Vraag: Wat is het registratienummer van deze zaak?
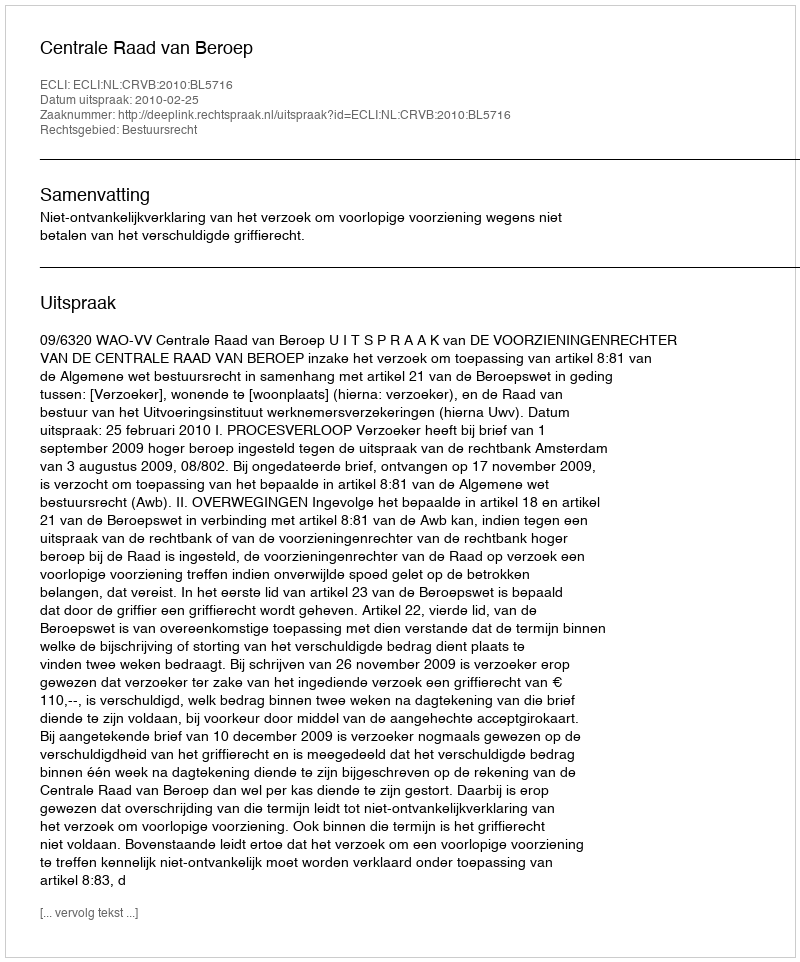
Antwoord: http://deeplink.rechtspraak.nl/uitspraak?id=ECLI:NL:CRVB:2010:BL5716